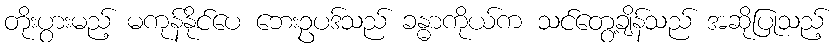
တိုးပွားမည့် မကုန်နိုင်ပေ ဘေးဥပဒ်သည် ခန္ဓာကိုယ်က သင်တွေ့ချိန်သည် အဆိုပြုသည့်